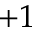
+ 1